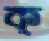
ক্